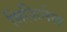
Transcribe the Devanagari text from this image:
मिशिनेस